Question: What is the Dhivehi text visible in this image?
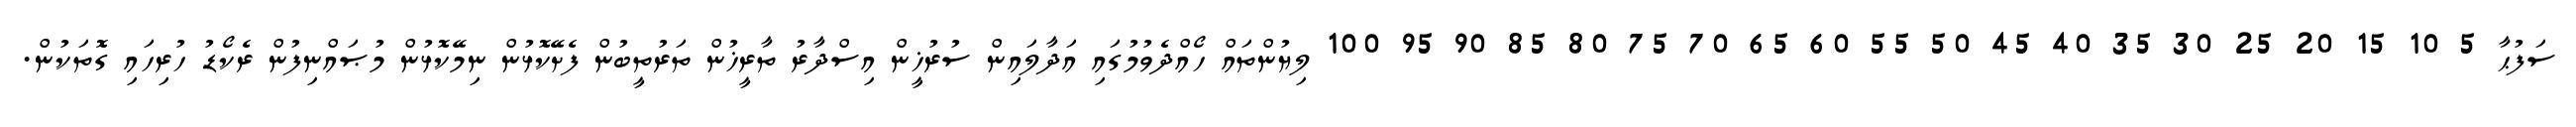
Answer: ސަފުޙާ 5 10 15 20 25 30 35 40 45 50 55 60 65 70 75 80 85 90 95 100 ލިޔުންތައް ހޯއްދެވުމުގައި އަދާލައިން ސުރުޚީން އިސްދާރު ތާރީޚުން ތަރުތީބުން ފެށޭކޮޅުން ނިމޭކޮޅުން މުޞައްނިފުން ރެކޯޑު ހުރިހައި ގޮތަކުން.